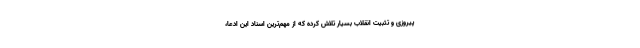
پیروزی و تثبیت انقلاب بسیار تلاش کرده که از مهم‌ترین اسناد این ادعا،